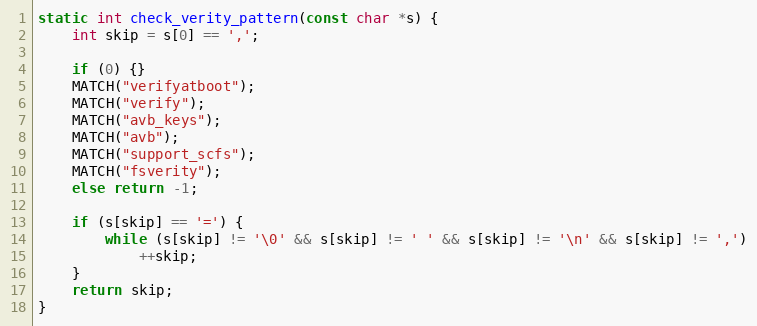
Language: C++
static int check_verity_pattern(const char *s) {
    int skip = s[0] == ',';

    if (0) {}
    MATCH("verifyatboot");
    MATCH("verify");
    MATCH("avb_keys");
    MATCH("avb");
    MATCH("support_scfs");
    MATCH("fsverity");
    else return -1;

    if (s[skip] == '=') {
        while (s[skip] != '\0' && s[skip] != ' ' && s[skip] != '\n' && s[skip] != ',')
            ++skip;
    }
    return skip;
}